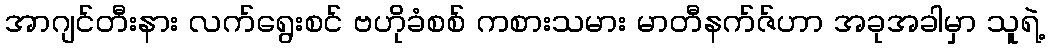
အာဂျင်တီးနား လက်ရွေးစင် ဗဟိုခံစစ် ကစားသမား မာတီနက်ဇ်ဟာ အခုအခါမှာ သူရဲ့